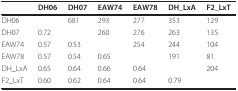
|  | DH06 | DH07 | EAW74 | EAW78 | DH_LxA | F2_LxT |
 | --- | --- | --- | --- | --- | --- | --- |
 | DH06 |  | 681 | 293 | 277 | 353 | 129 |
 | DH07 | 0.72 |  | 260 | 276 | 263 | 135 |
 | EAW74 | 0.57 | 0.53 |  | 254 | 244 | 104 |
 | EAW78 | 0.57 | 0.54 | 0.65 |  | 191 | 81 |
 | DH_LxA | 0.65 | 0.64 | 0.66 | 0.64 |  | 204 |
 | F2_LxT | 0.60 | 0.62 | 0.64 | 0.64 | 0.79 |  |